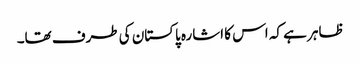
ظاہر ہے کہ اس کا اشارہ پاکستان کی طرف تھا۔